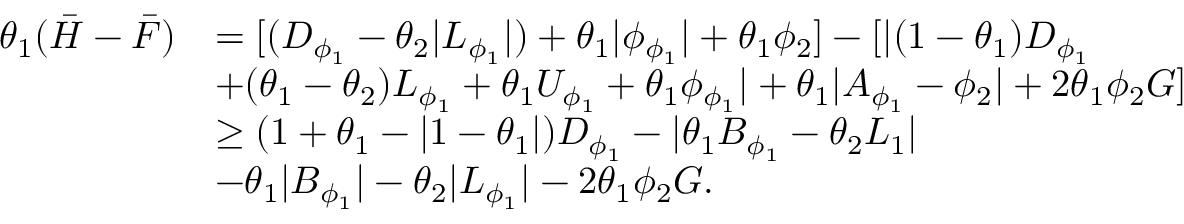
\begin{array} { r l } { \theta _ { 1 } ( \bar { H } - \bar { F } ) } & { = [ ( D _ { \phi _ { 1 } } - \theta _ { 2 } \lvert L _ { \phi _ { 1 } } \rvert ) + \theta _ { 1 } \lvert \phi _ { \phi _ { 1 } } \rvert + \theta _ { 1 } \phi _ { 2 } ] - [ \lvert ( 1 - \theta _ { 1 } ) D _ { \phi _ { 1 } } } \\ & { + ( \theta _ { 1 } - \theta _ { 2 } ) L _ { \phi _ { 1 } } + \theta _ { 1 } U _ { \phi _ { 1 } } + \theta _ { 1 } \phi _ { \phi _ { 1 } } \rvert + \theta _ { 1 } \lvert A _ { \phi _ { 1 } } - \phi _ { 2 } \rvert + 2 \theta _ { 1 } \phi _ { 2 } G ] } \\ & { \geq ( 1 + \theta _ { 1 } - \lvert 1 - \theta _ { 1 } \rvert ) D _ { \phi _ { 1 } } - \lvert \theta _ { 1 } B _ { \phi _ { 1 } } - \theta _ { 2 } L _ { 1 } \rvert } \\ & { - \theta _ { 1 } \lvert B _ { \phi _ { 1 } } \rvert - \theta _ { 2 } \lvert L _ { \phi _ { 1 } } \rvert - 2 \theta _ { 1 } \phi _ { 2 } G . } \end{array}